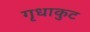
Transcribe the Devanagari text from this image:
गृधाकुट